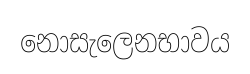
නොසැලෙනභාවය